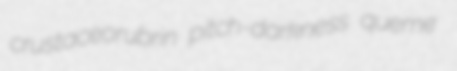
crustaceorubrin pitch-darkness queme